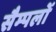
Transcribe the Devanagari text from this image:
सैम्पलों